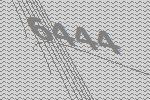
6444